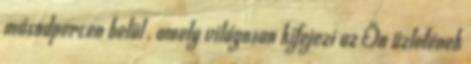
másodpercen belül , amely világosan kifejezi az Ön üzletének